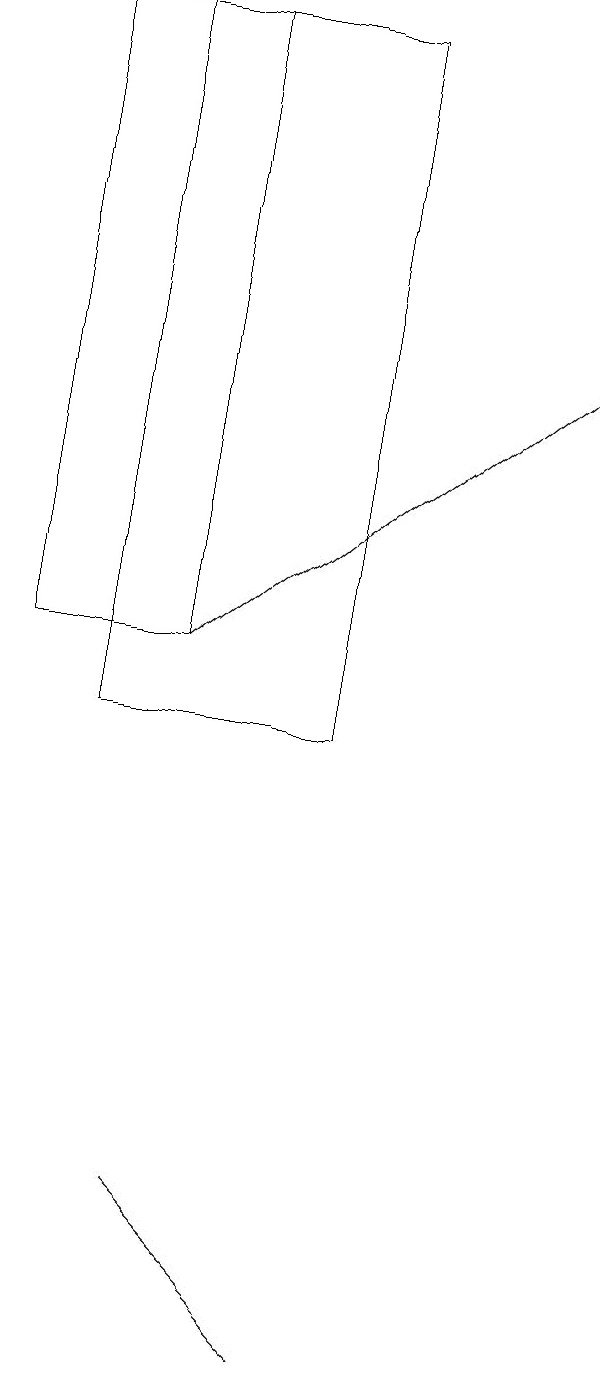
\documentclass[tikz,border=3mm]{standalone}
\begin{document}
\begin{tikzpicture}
\draw (5,10) rectangle (2,19);
\draw (1,19) rectangle (3,11);
\draw[->] (3,11) -- (8,15);
\draw (3,4) -- (3,4) -- (5,2) -- cycle;
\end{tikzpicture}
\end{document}